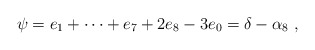
\begin{align*}\psi=e_1 + \dots + e_7 + 2 e_8 - 3 e_0 = \delta-\alpha_8 \ ,\end{align*}